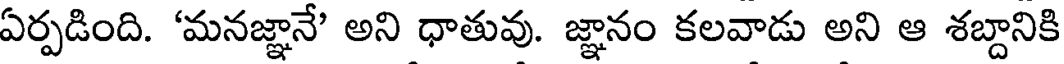
ఏర్పడింది. 'మనజ్ఞానే' అని ధాతువు. జ్ఞానం కలవాడు అని ఆ శబ్దానికి